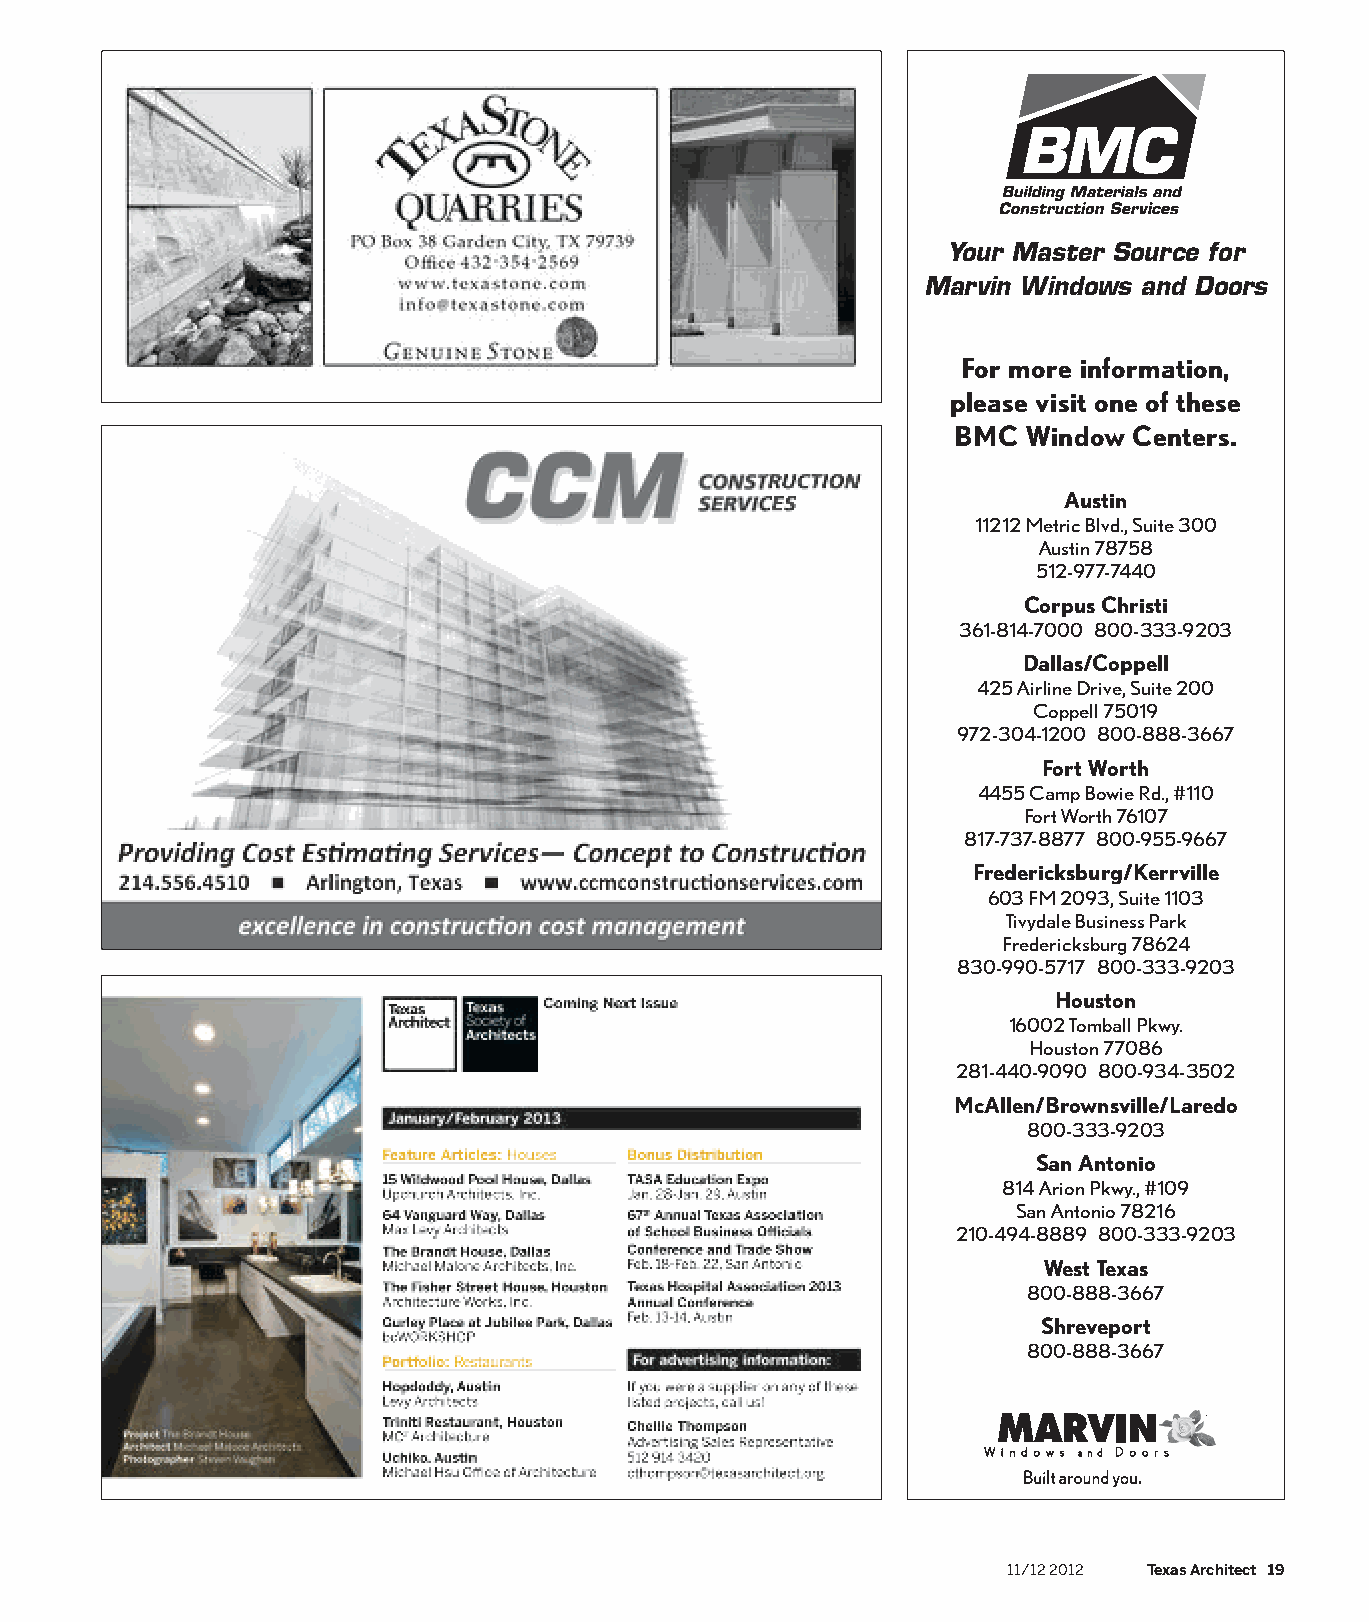
Your Master Source for
 Marvin Windows and Doors
 For more information,
 please visit one of these
 BMC  Window Centers.
 Austin
 11212 Metric Blvd., Suite 300
 Austin 78758
 512-977-7440
 Corpus Christi
 361-814-7000 800-333-9203
 Dallas/Coppell
 425 Airline Drive, Suite 200
 Coppell 75019
 972-304-1200 800-888-3667
 Fort Worth
 4455 Camp Bowie Rd., #110
 Fort Worth 76107
 817-737-8877 800-955-9667
 Fredericksburg/Kerrville
 603 FM 2093, Suite 1103
 Tivydale Business Park
 Fredericksburg 78624
 830-990-5717 800-333-9203
 Houston
 16002 Tomball Pkwy.
 Houston 77086
 281-440-9090 800-934-3502
 McAllen/Brownsville/Laredo
 800-333-9203
 San Antonio
 814 Arion Pkwy., #109
 San Antonio 78216
 210-494-8889 800-333-9203
 West Texas
 800-888-3667
 Shreveport
 800-888-3667
 11/12 2012 Texas Architect 19